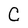
Character: C